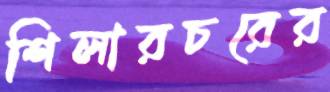
শিলারচরের